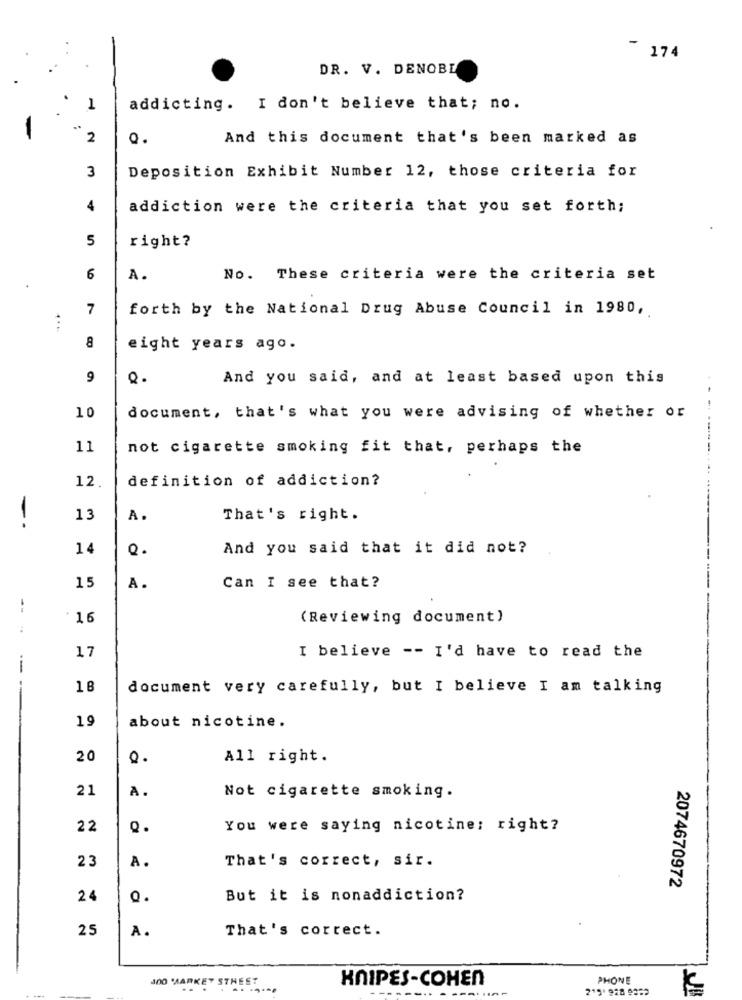
7 174
DR. V. DENOBL
1
addicting. I don't believe that; no.
2
Q.
And this document that's been marked as
3
Deposition Exhibit Number 12, those criteria for
4
addiction were the criteria that you set forth;
5
right?
6
A.
No. These criteria were the criteria set
.
7
forth by the National Drug Abuse Council in 1980,
8
eight years ago.
9
Q.
And you said, and at least based upon this
10
document, that's what you were advising of whether or
11
not cigarette smoking fit that, perhaps the
definition of addiction?
12.
13
A.
That's right.
--
14
Q.
And you said that it did not?
15
A.
Can I see that?
--
*16
(Reviewing document)
17
I believe -- I'd have to read the
-
18
document very carefully, but I believe I am talking
19
about nicotine.
2 0
All right.
21
A.
Not cigarette smoking.
22
Q.
You were saying nicotine: right?
23
That's correct, sir.
A.
2074670972
24
Q.
But it is nonaddiction?
25
A.
That's correct.
J00 'MARKET STREET
KNIPES-COHEN
PHONE
...
-----.
215' 928 8252
K